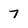
Character: 7